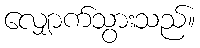
လျှောက်သွားသည်။